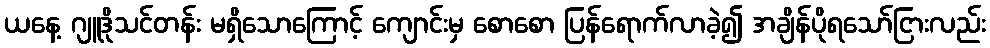
ယနေ့ ဂျူဒိုသင်တန်း မရှိသောကြောင့် ကျောင်းမှ စောစော ပြန်ရောက်လာခဲ့၍ အချိန်ပိုရသော်ငြားလည်း